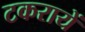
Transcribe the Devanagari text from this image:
टकरायें